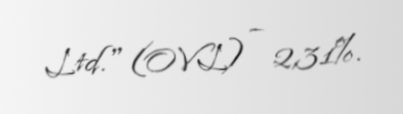
Ltd." (OVL) – 2,31%.